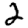
Digit: 2